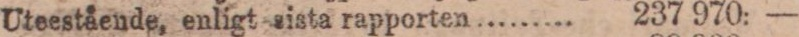
Uteestående, enligt sista rapporten ......... 237 970: —